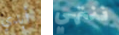
أبدي ننتهي